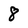
Character: 8